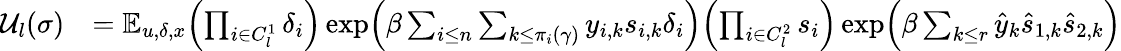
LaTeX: \begin{array}{rl}{\mathcal{U}_{l}(\sigma)}&{=\mathbb E_{u,\delta,x}\Bigl(\prod_{i\in C_{l}^{1}}\delta_{i}\Bigr)\exp\Bigl(\beta\sum_{i\leq n}\sum_{k\leq\pi_{i}(\gamma)}y_{i,k}s_{i,k}\delta_{i}\Bigr)\Bigl(\prod_{i\in C_{l}^{2}}s_{i}\Bigr)\exp\Bigl(\beta\sum_{k\leq r}\hat{y}_{k}\hat{s}_{1,k}\hat{s}_{2,k}\Bigr)}\end{array}